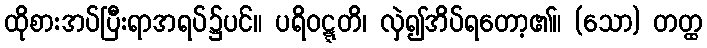
ထိုစားအပ်ပြီးရာအရပ်၌ပင်။ ပရိဝဋ္ဋတိ၊ လှဲ၍အိပ်ရတော့၏။ (သော) တတ္ထ